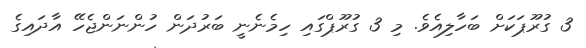
3 ގުރޫޕަކަށް ބަހާލިއެވެ. މި 3 ގުރޫޕްގައި ހިމެނެނީ ބަރުދަން ހުންނަންޖެހޭ އާދައިގެ